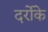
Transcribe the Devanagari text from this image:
दर्रोके